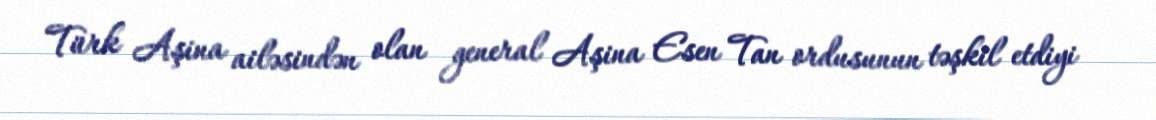
Türk Aşina ailəsindən olan general Aşina Esen Tan ordusunun təşkil etdiyi